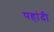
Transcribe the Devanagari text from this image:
पहांदी